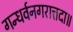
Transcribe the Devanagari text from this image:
गन्धर्वनगरात्तदा॥